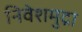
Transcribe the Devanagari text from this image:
निवेशमुद्रा